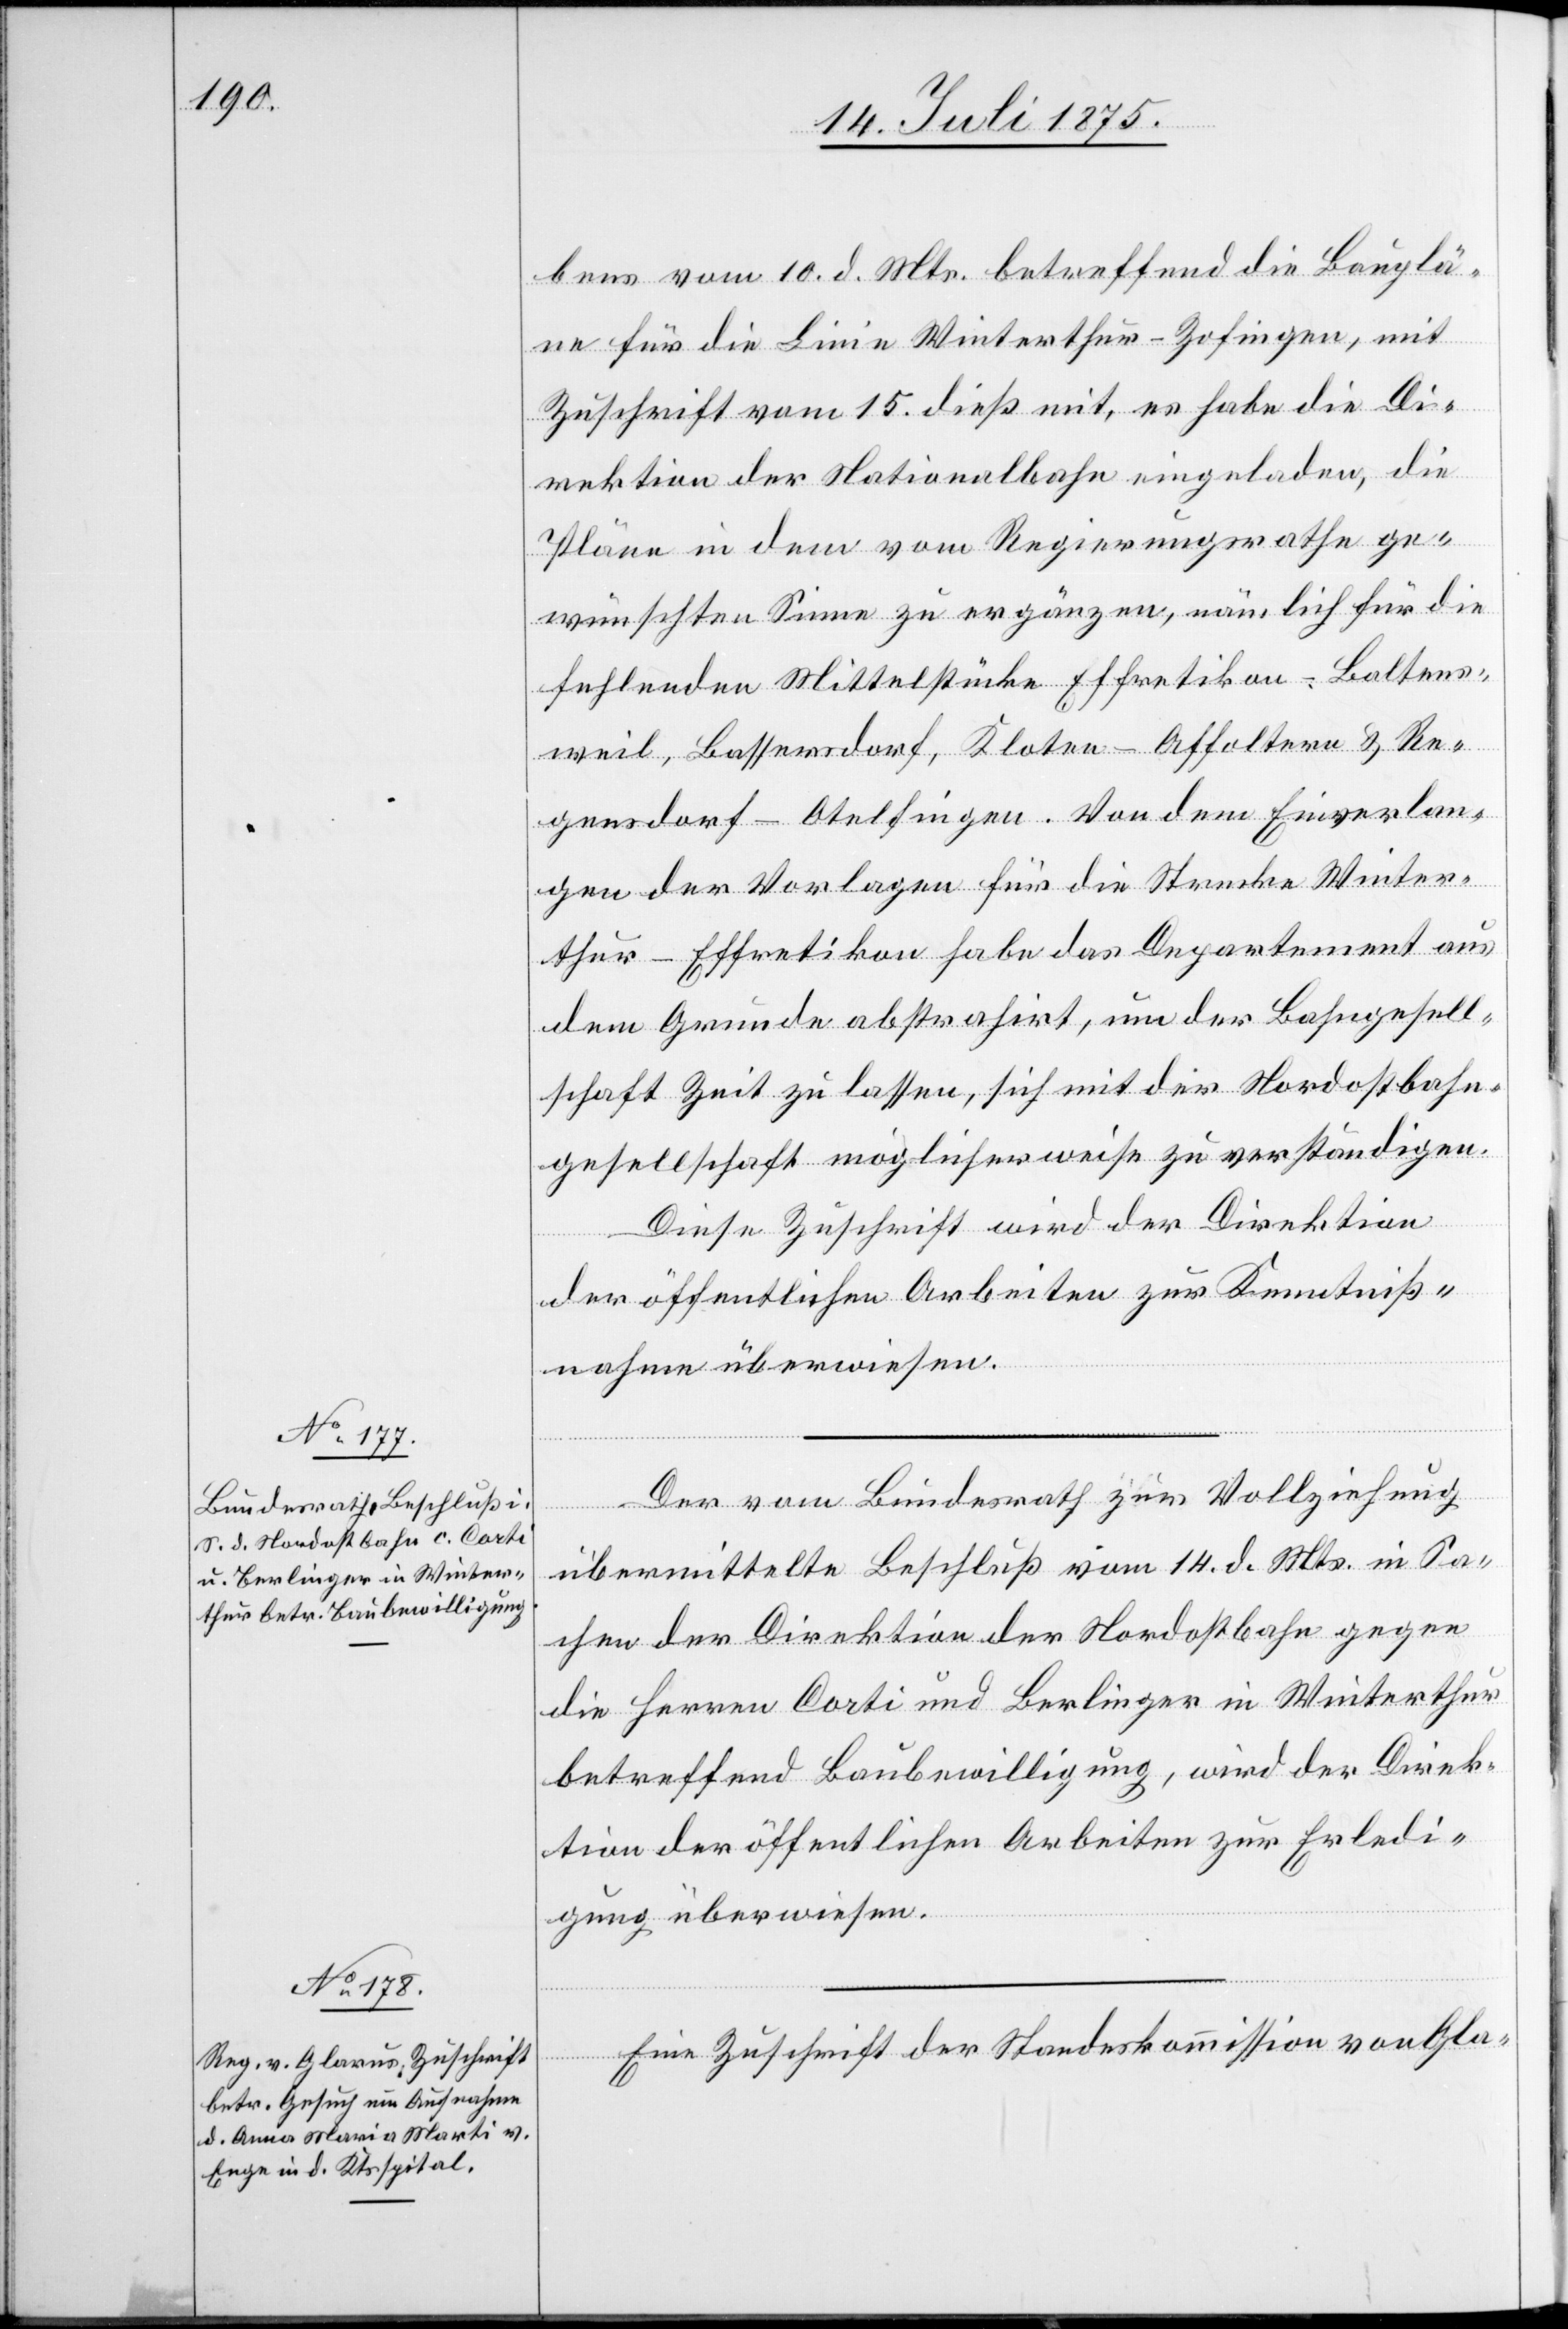
20. Juli 1875.]
bens vom 10. d. Mts. betreffend die Bauplä¬
ne für die Linie Winterthur–Zofingen, mit
Zuschrift vom 15. dieß mit, es habe die Di¬
rektion der Nationalbahn eingeladen, die
Pläne in dem vom Regierungsrathe ge¬
wünschten Sinne zu ergänzen, nämlich für die
fehlenden Mittelstücke Effretikon–Baltens¬
weil, Bassersdorf, Kloten–Affoltern & Re¬
gensdorf–Otelfingen. Von dem Einverlan¬
gen der Vorlagen für die Strecke Winter¬
thur–Effretikon habe das Departement aus
dem Grunde abstrahirt, um der Bahngesell¬
schaft Zeit zu lassen, sich mit der Nordostbahn¬
gesellschaft möglicherweise zu verständigen.
Diese Zuschrift wird der Direktion
der öffentlichen Arbeiten zur Kenntniß¬
nahme überwiesen.
Der vom Bundesrath zur Vollziehung
übermittelte Beschluß vom 14. d. Mts. in Sa¬
chen der Direktion der Nordostbahn gegen
die Herren Corti und Berlinger in Winterthur
betreffend Baubewilligung, wird der Direk¬
tion der öffentlichen Arbeiten zur Erledi¬
gung überwiesen.
Eine Zuschrift der Standeskommission von Gla-